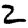
Digit: 2